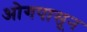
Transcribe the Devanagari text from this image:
ओगपासून